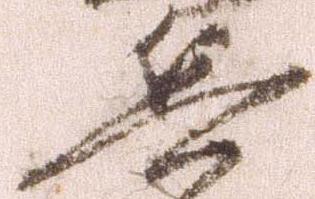
兵